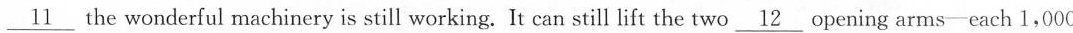
\nuderline{11} the wonderful machinery is still working. It can still lift the two_ 12 opening arms-each 1,000